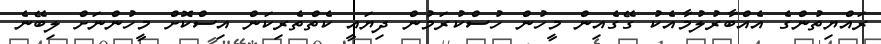
ރައްޔިތުންގެ އެއްބާރުލުމާއެކު ގޭގެއިން މީހުން ހުސްކުރަމުން ދިޔައީ ކެތްތެރިކަން އިސްކޮށް މީހުންނަށް ލިބޭނެ